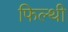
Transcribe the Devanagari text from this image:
फिल्थी